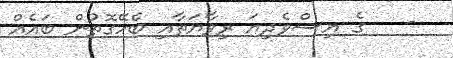
-   ގެ އިސްވެދިޔަ ރިވާޔަތާއި ބެހޭގޮތުން ބައެއް